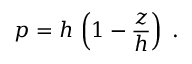
p = h \, \left( 1 - \frac { z } { h } \right) \; .